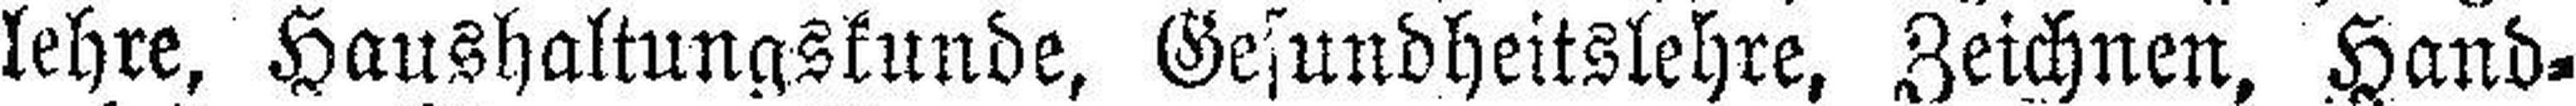
lehre, Haushaltungskunde, Gesundheitslehre, Zeichnen. Hand¬